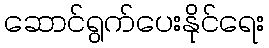
ဆောင်ရွက်ပေးနိုင်ရေး